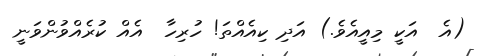
(އެ  އަކީ މިއީއެވެ.) އަދި ކިއެއްތަ! ހުރިހާ  އެއް ކުރެއްވުންވަނީ